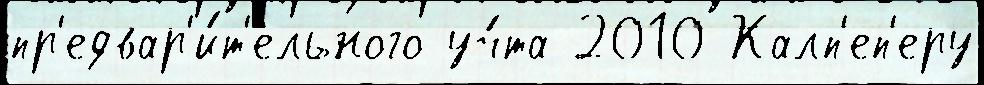
пр'едвар'и́т'ельного уч́та 2010 Калп'еп'еру